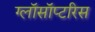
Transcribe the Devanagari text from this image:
ग्लॉसॉप्टरिस